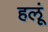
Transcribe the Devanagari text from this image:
हलूं